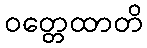
ဝတ္တေထာတိ